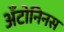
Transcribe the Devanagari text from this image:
अँटोनिनस